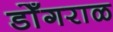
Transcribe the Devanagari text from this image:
डोँगराळ